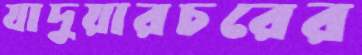
যাদুয়ারচরের